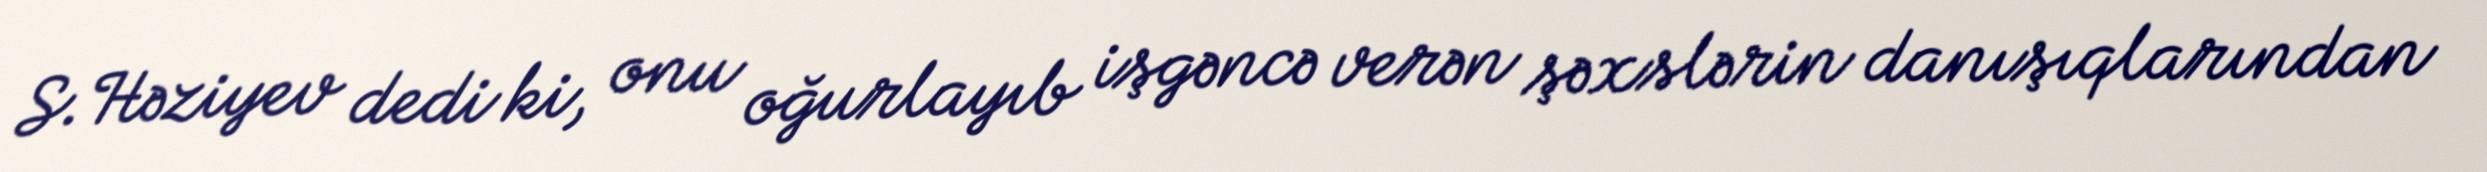
S.Həziyev dedi ki, onu oğurlayıb işgəncə verən şəxslərin danışıqlarından